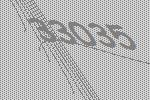
33035